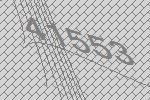
41553